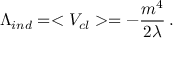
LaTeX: \Lambda _ { i n d } = < V _ { c l } > = - \frac { m ^ { 4 } } { 2 \lambda } \, .